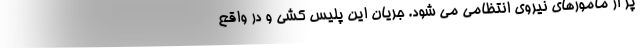
پر از مامورهای نیروی انتظامی می شود. جریان این پلیس کشی و در واقع